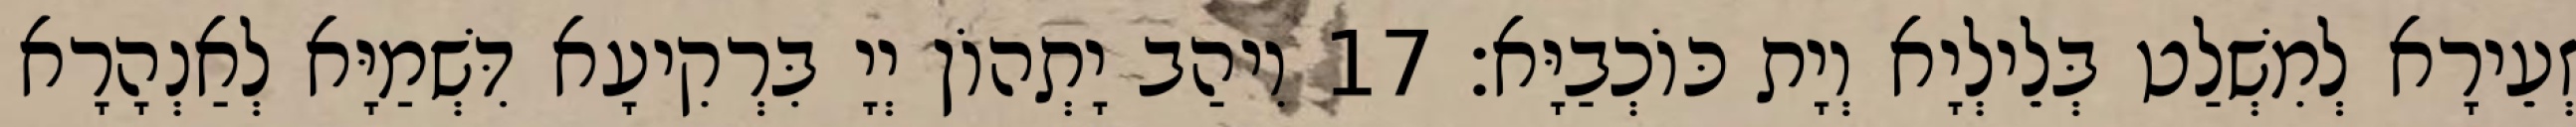
זְעֵירָא לְמִשְׁלַט בְּלֵילְיָא וְיָת כּוֹכְבַיָּא׃ 17 וִיהַב יָתְהוֹן יְיָ בִּרְקִיעָא דִּשְׁמַיָּא לְאַנְהָרָא